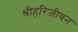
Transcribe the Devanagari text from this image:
श्रीहरिजीवन